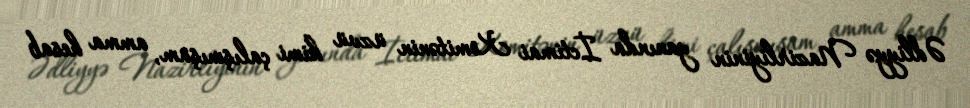
Ədliyyə Nazirliyinin yanında İctimai Komitənin üzvü kimi çalışmışam, amma hesab